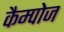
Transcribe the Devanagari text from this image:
कैम्पोज